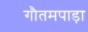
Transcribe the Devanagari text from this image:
गौतमपाड़ा